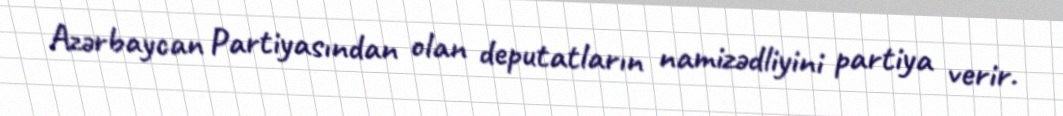
Azərbaycan Partiyasından olan deputatların namizədliyini partiya verir.